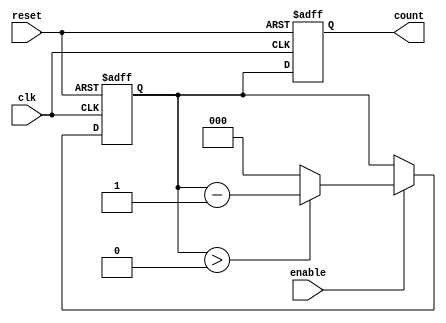
module down_counter (
    input wire clk,        // Clock signal
    input wire reset,      // Asynchronous reset
    input wire enable,     // Enable signal
    output reg [n-1:0] count // Count output
);
    parameter n = 3; // Number of bits for the counter

    // State encoding
    reg [n-1:0] current_state, next_state;

    // Asynchronous reset
    always @(posedge clk or posedge reset) begin
        if (reset) begin
            current_state <= n'b111; // Reset to maximum count (2^n - 1)
        end else begin
            current_state <= next_state; // Update state on clock edge
        end
    end

    // Next state logic
    always @(*) begin
        if (enable) begin
            if (current_state > 0) begin
                next_state = current_state - 1; // Decrement state
            end else begin
                next_state = 0; // Stay at 0 if already at minimum
            end
        end else begin
            next_state = current_state; // Hold current state if not enabled
        end
    end

    // Output logic (Moore machine)
    always @(posedge clk or posedge reset) begin
        if (reset) begin
            count <= n'b111; // Reset output to maximum count
        end else begin
            count <= current_state; // Output current state
        end
    end

endmodule